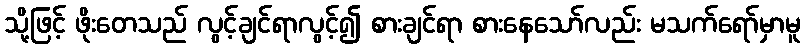
သို့ဖြင့် ဖိုးတေသည် လွင့်ချင်ရာလွင့်၍ စားချင်ရာ စားနေသော်လည်း မသက်ရော်မှာမူ